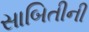
સાબિતીની